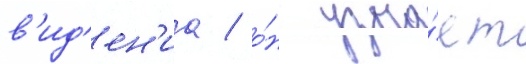
в'ид'ен'иа / о́н узна́ет